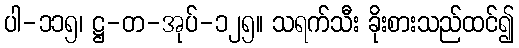
ပါ-၁၁၅၊ ဋ္ဌ-တ-အုပ်-၁၂၅။ သရက်သီး ခိုးစားသည်ထင်၍